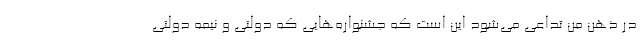
در ذهن من تداعی می‌شود این است که جشنواره‌هایی که دولتی و نیمه دولتی